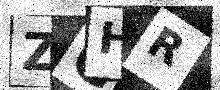
Text: ZGHR